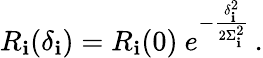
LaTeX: R_{\mathbf{i}}(\delta_{\mathbf{i}})=R_{\mathbf{i}}(0)~e^{-\frac{{\delta_{\mathbf{i}}^{2}}}{{2\Sigma_{\mathbf{i}}^{2}}}}\, .